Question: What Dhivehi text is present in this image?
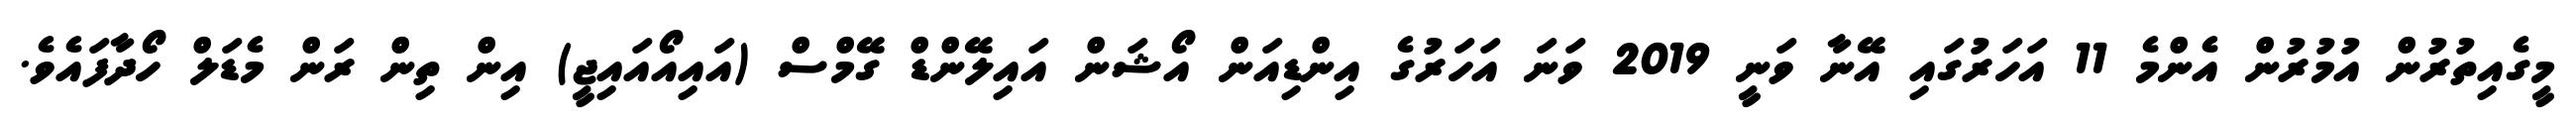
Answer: މީގެއިތުރުން އުމުރުން އެންމެ 11 އަހަރުގައި އޭނާ ވަނީ 2019 ވަނަ އަހަރުގެ އިންޑިއަން އޯޝަން އައިލޭންޑް ގޭމްސް (އައިއޯއައިޖީ) އިން ތިން ރަން މެޑަލް ހޯދާފައެވެ.